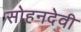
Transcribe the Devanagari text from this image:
सोहनदेवी